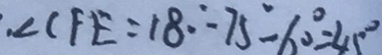
\angle C F E = 1 8 0 ^ { \circ } - 7 5 ^ { \circ } - 6 0 ^ { \circ } = 4 5 ^ { \circ }